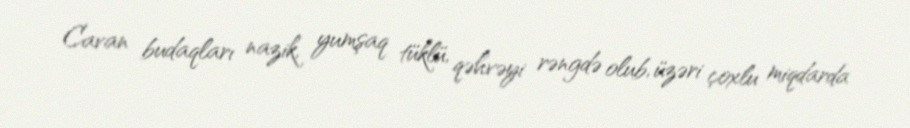
Cavan budaqları nazik, yumşaq tüklü, qəhvəyi rəngdə olub, üzəri çoxlu miqdarda